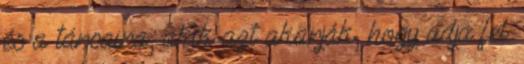
és a társaira, akik azt akarják, hogy adja fel.